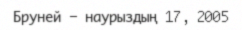
Бруней - наурыздың 17, 2005